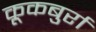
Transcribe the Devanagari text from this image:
कूकबुर्रा